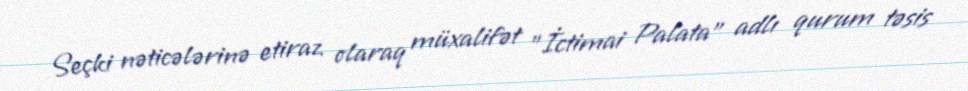
Seçki nəticələrinə etiraz olaraq müxalifət "İctimai Palata" adlı qurum təsis